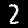
Label: 2